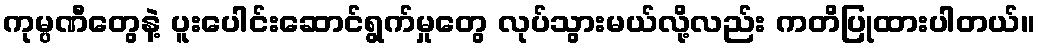
ကုမ္ပဏီတွေနဲ့ ပူးပေါင်းဆောင်ရွက်မှုတွေ လုပ်သွားမယ်လို့လည်း ကတိပြုထားပါတယ်။